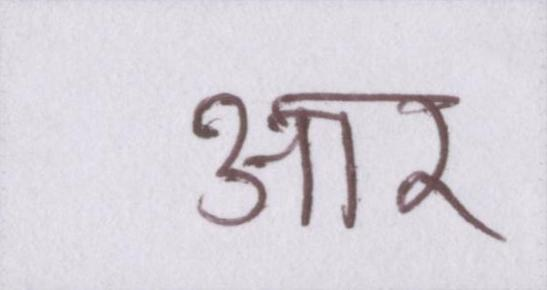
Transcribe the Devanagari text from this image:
आर